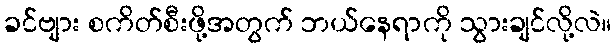
ခင်ဗျား စကိတ်စီးဖို့အတွက် ဘယ်နေရာကို သွားချင်လို့လဲ။